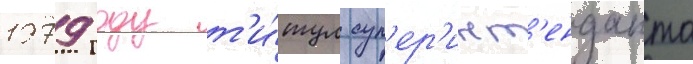
1979 году т'и́тул суп'ер'инт'енданта